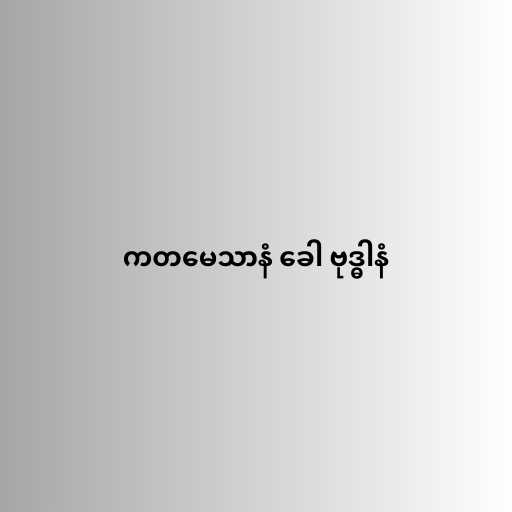
ကတမေသာနံ ခေါ ဗုဒ္ဓါနံ